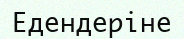
Едендеріне